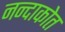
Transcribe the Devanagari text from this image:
नन्दाकोत